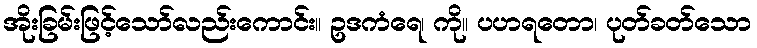
အိုးခြမ်းဖြင့်သော်လည်းကောင်း။ ဥဒကံရေ၊ ကို။ ပဟရတော၊ ပုတ်ခတ်သော